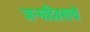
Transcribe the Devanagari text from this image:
जन्मदिवसाचे